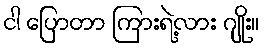
ငါ ပြောတာ ကြားရဲ့လား ဂျိုး။